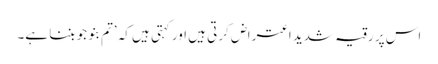
اس پر رقیہ شدید اعتراض کرتی ہیں اور کہتی ہیں کہ ’تم بنو جو بننا ہے۔